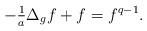
LaTeX: \begin{align*}-\tfrac1a\Delta_g f+f=f^{q-1}.\end{align*}